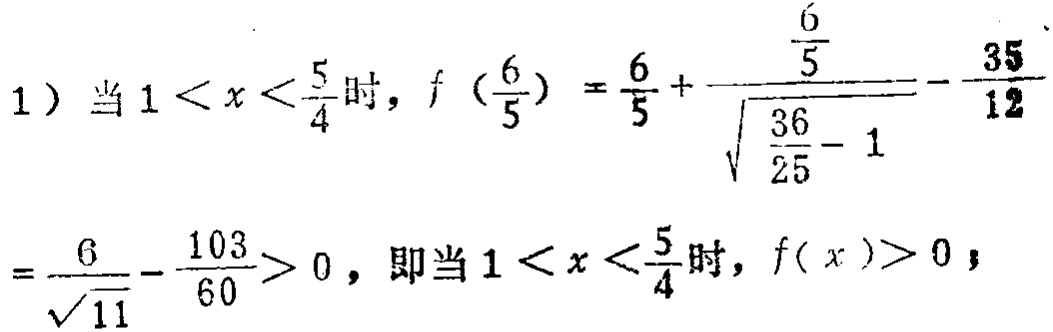
1) 当 \(1 < x < \frac{5}{4}\) 时，\(f(\frac{6}{5}) = \frac{6}{5}+\frac{\frac{6}{5}}{\sqrt{\frac{36}{25}-1}}-\frac{35}{12}\)
\(=\frac{6}{\sqrt{11}}-\frac{103}{60}>0\)，即当 \(1 < x < \frac{5}{4}\) 时，\(f(x)>0\)；